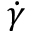
\dot { \gamma }